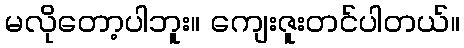
မလိုတော့ပါဘူး။ ကျေးဇူးတင်ပါတယ်။